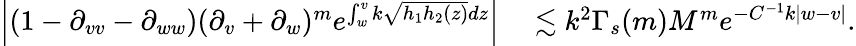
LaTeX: \begin{array}{rl}{\left|(1-\partial_{vv}-\partial_{ww})(\partial_{v}+\partial_{w})^{m}e^{\int_{w}^{v}k\sqrt{h_{1}h_{2}(z)}dz}\right|}&{{}\lesssim k^{2}\Gamma_{s}(m)M^{m}e^{-C^{-1}k|w-v|}.}\end{array}